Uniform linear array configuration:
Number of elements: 8
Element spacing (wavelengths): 0.75
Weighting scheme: blackman
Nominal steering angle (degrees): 30
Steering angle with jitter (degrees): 31.553
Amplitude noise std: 0.05
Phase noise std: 0.05

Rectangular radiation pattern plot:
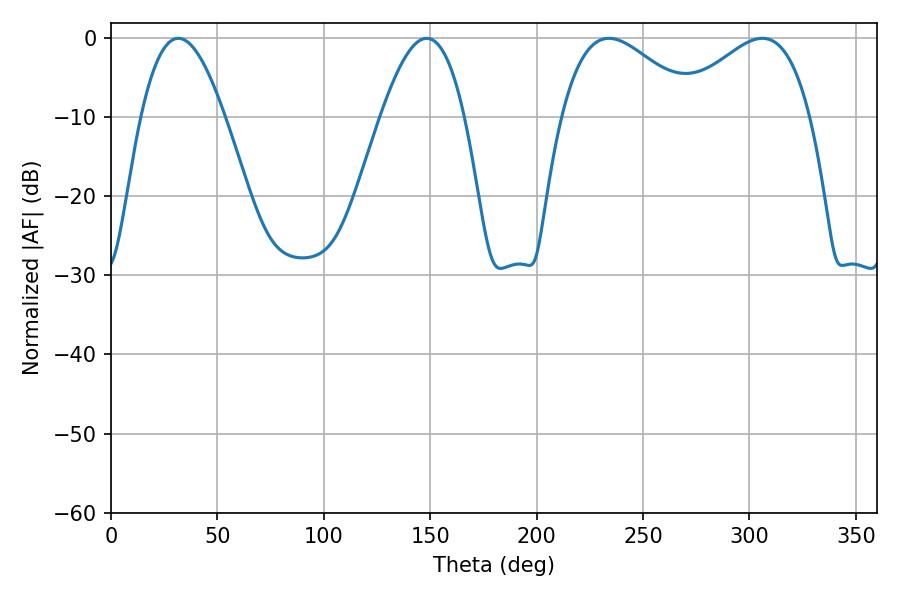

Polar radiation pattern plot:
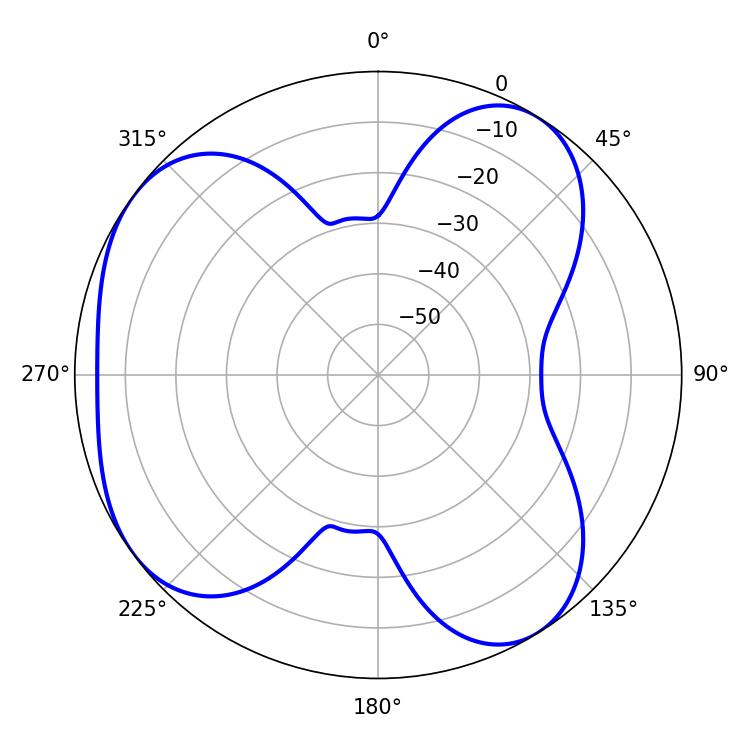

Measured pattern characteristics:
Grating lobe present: TRUE
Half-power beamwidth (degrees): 21.42
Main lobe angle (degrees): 31.68